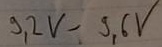
Text: 9,2V-9,6V